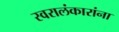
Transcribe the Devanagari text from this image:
स्वरालंकारांना